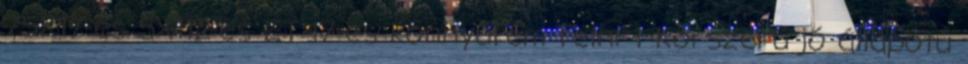
75X17-es 5X112-es ET47-es könnyűfém felni 1 Korszerű jó állapotú